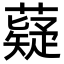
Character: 薿